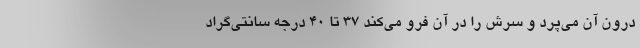
درون آن می‌پرد و سرش را در آن فرو می‌کند ۳۷ تا ۴۰ درجه سانتی‌گراد